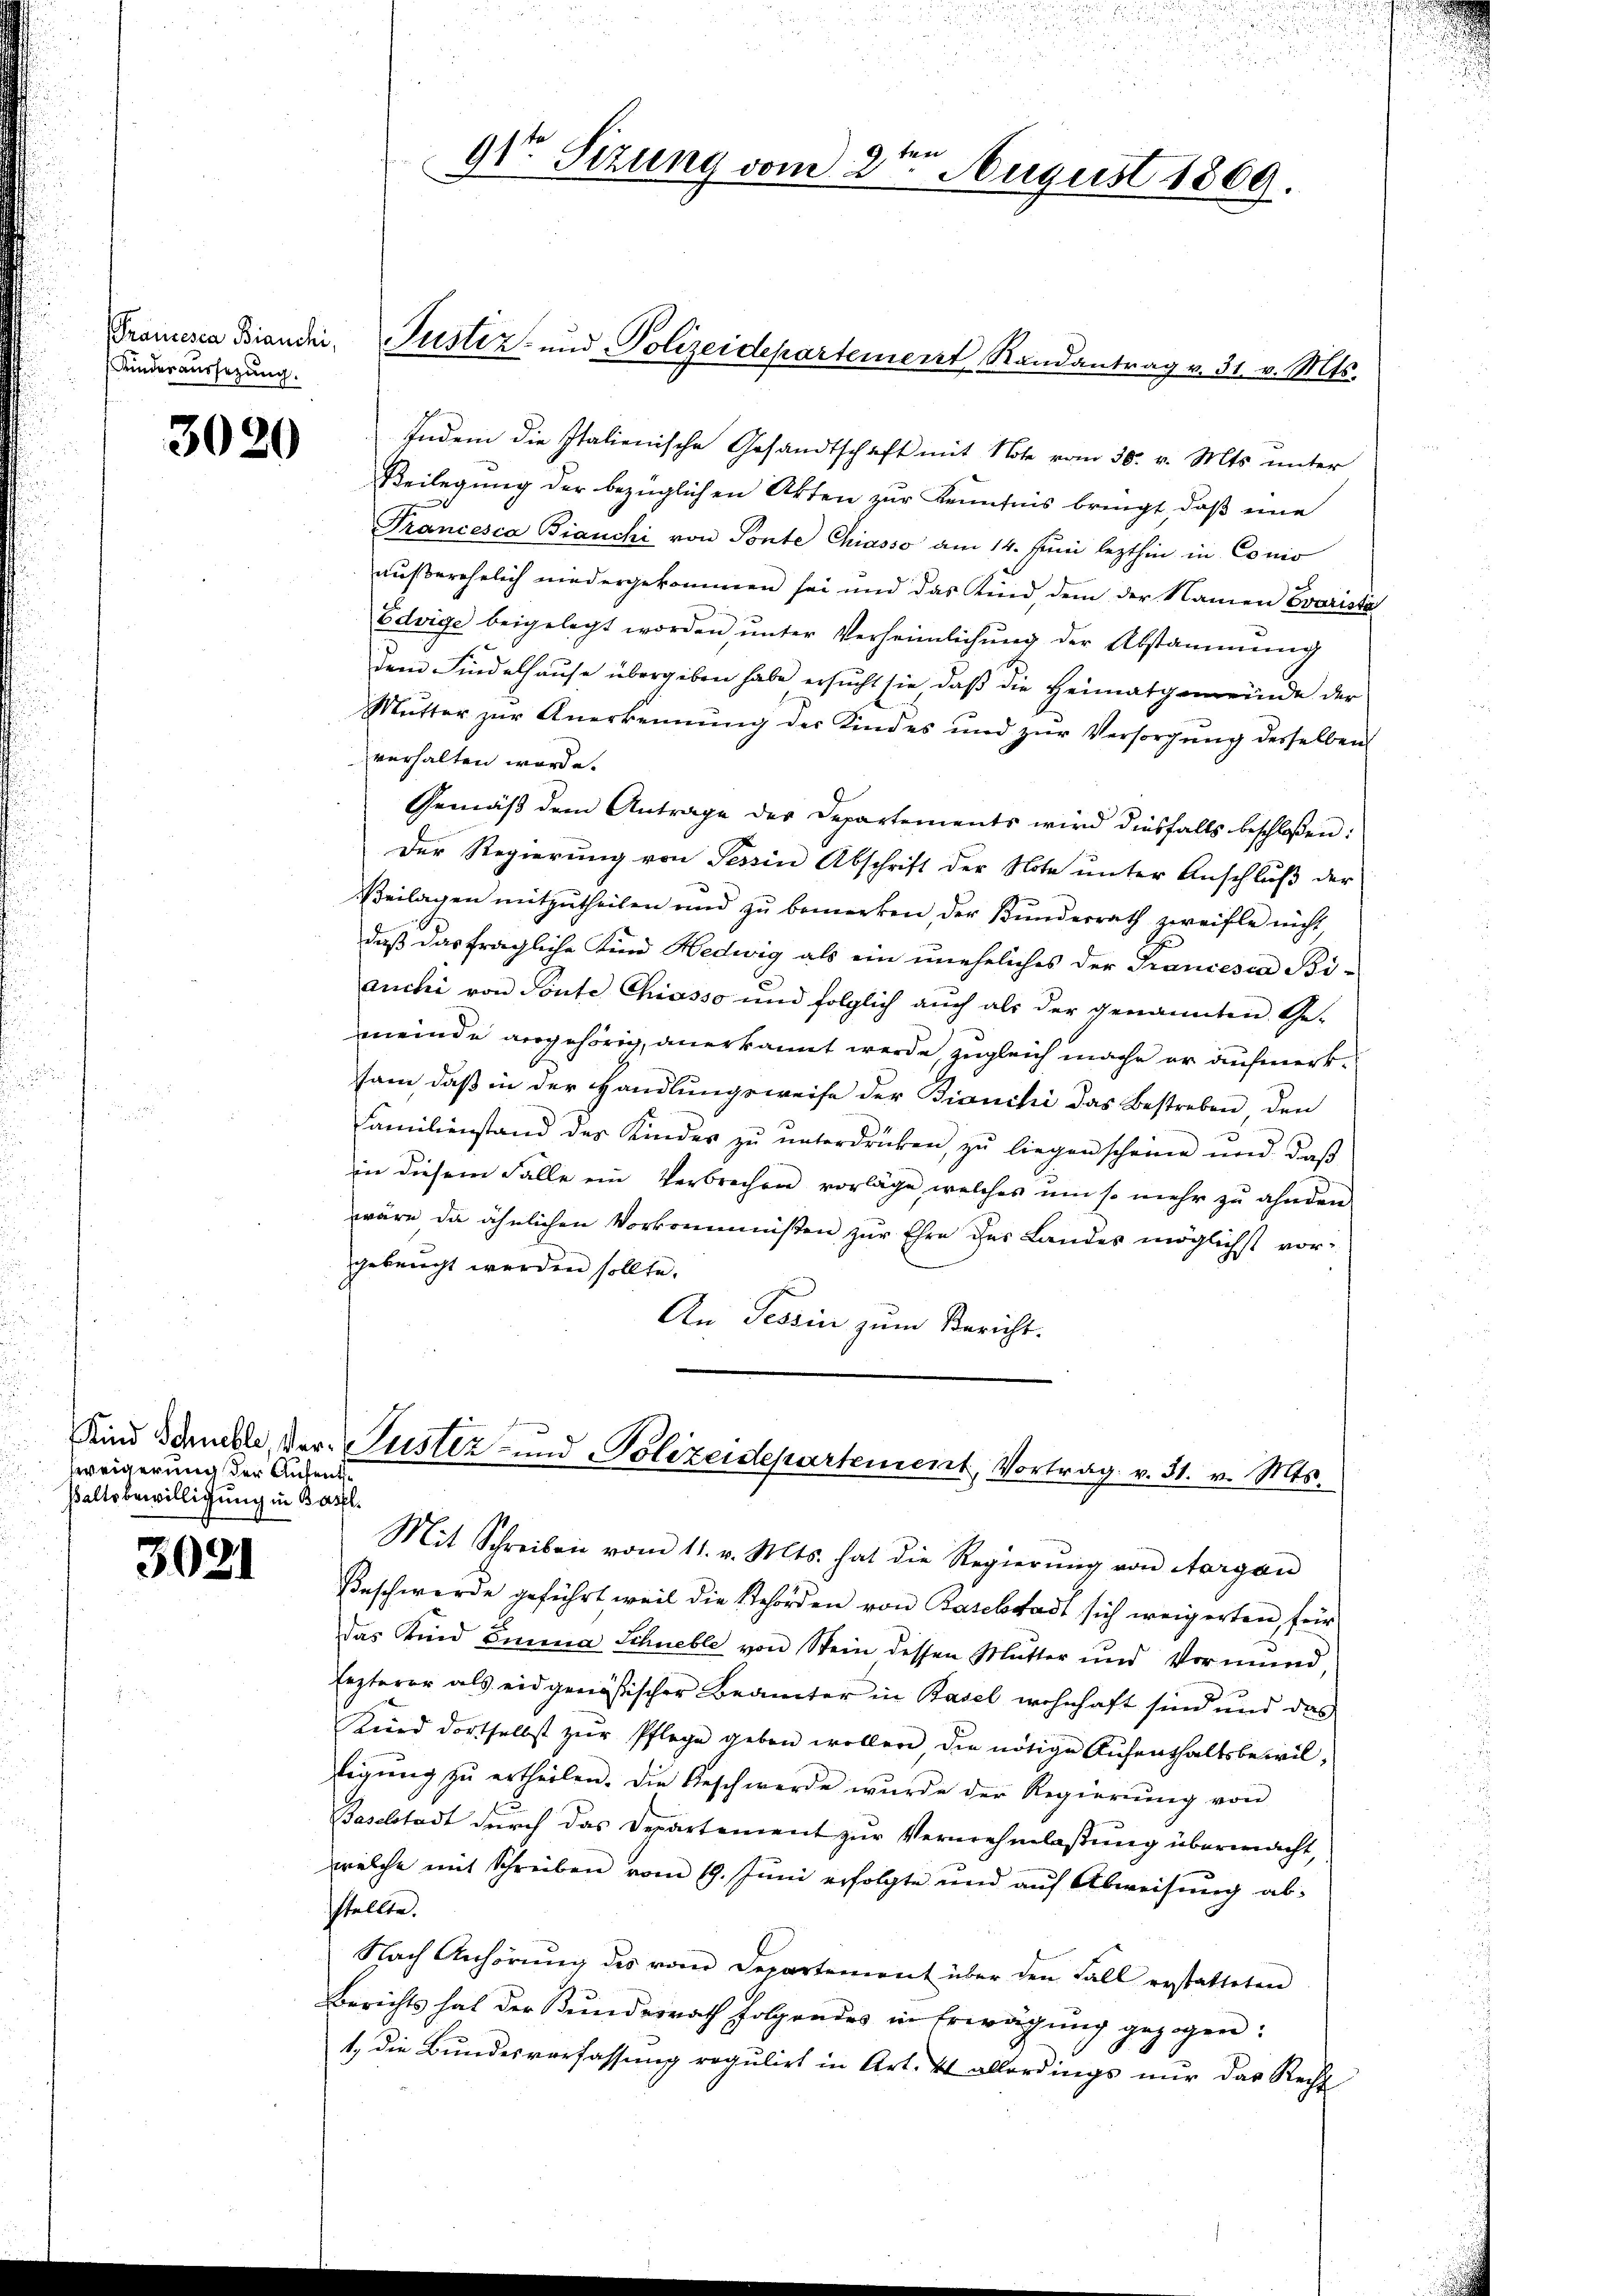
Kindesaussetzung.

3020

weigerung der Aufenthe
waltsbewilligung in Basel.

3021

91 Sizung vom 2ten August 1869.

Indem die Italienische Gesandtschaft mit Note vom 30. v. Mts. unter
Beilegung der bezüglichen Akten zur Kenntnis bringt, daß eine
Francesca Bianchi von Ponte Chiasso am 14. Juni lezthin in Conio
|
aŭβerehelich niedergekommen sei und das Kind dem der Namen Evarista
Edvige beigelegt worden unter Verheimlichung der Abstammung
dem Findelhause übergeben habe ersucht sie, daß die Heimatgemeinde der
Mŭtter zŭr Anerkennung der Kindes und zŭr Versorgŭng derselben
verhalten worde.
Gemäβ dem Antrage der Departements wird diesfalls beschloßen:
Der Regierung von Tessin Abschrift der Note unter Anschluß der
Beilagen mitzŭtheilen und zŭ bemerken der Kunderrath zweifle nicht
daß das fragliche Kind Hedwig als ein uneheliches der Francesca Bi-
anchi von Sonte Chiasso und folglich auch als der genannten Ge-
meinde angehörig, anerkannt werde, zugleich mache er aufmerksam, daß in der Handlungsweise der Bianchi das Bestreben den
Familienstand des Kinder zŭ ŭnterdrücken zŭ liegen scheine und daβ
in diesem Falle ein Verbrechen vorläge, welches um so mehr zŭ ahnden
wäre da ähnlichen Vorkommsten zur Ehre des Landes möglichst vorgebeucht werden sollte.
An Tessin zum Bericht.
Kind Schnelle der Justiz- und Polizeidepartement, Vortrag v. 31. v. Mts.
Mit Schreiben vom 11. v. Mts. hat die Regierŭng von Aargau
Beschwerde geführt weil die Behörden von Baselstadt sich weigerten für
das Kind Emma Schnelle von Stein dessen Mutter und Vormund
lezterer als eidgenößischer Beamter in Basel wohnhaft sind und das
Kird dortselbst zŭr Pflege geben wollen, die nötige Aŭfenthaltsbewil-
ligung zu ertheilen. Die Beschwerde wurde der Regierung von
Baselstadt durch das Departement zur Vernehmlassung übermacht,
welche mit Schreiben vom 19. Juni erfolgte und auf Abweisung ab-
stellte.
Nach Anhörŭng des vom Departement über den Fall erstatteten
Berichts hat der Bŭndesrath folgendes in Erwägŭng gezogen:
1. die Bundesverfassung regulirt in Art. 4 allerdings nur das Recht

Promesca Brandi, Pustiz- und Polizeidepartement Randantrag v. 31. v. Mts.